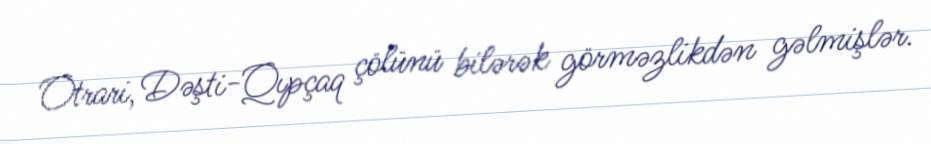
Otrari, Dəşti-Qıpçaq çölünü bilərək görməzlikdən gəlmişlər.